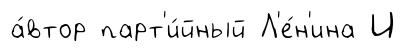
а́втор парт'и́йный Л'е́н'ина И